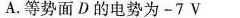
A.等势面D的电势为-7V